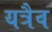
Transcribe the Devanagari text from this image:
यत्रैव